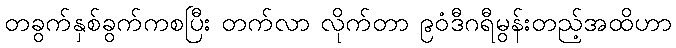
တခွက်နှစ်ခွက်ကစပြီး တက်လာ လိုက်တာ ၉၀ံဒီဂရီမွန်းတည့်အထိဟာ